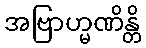
အဗြာဟ္မဏိန္တိ